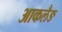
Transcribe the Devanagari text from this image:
आकलैङ